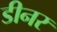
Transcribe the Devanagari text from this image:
डीनर